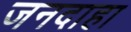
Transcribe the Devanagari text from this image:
जनदाहा